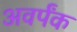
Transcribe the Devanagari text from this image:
अवर्पंक